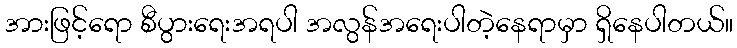
အားဖြင့်ရော စီပွားရေးအရပါ အလွန်အရေးပါတဲ့နေရာမှာ ရှိနေပါတယ်။